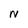
Character: N